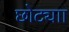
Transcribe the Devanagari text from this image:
छोट्याा